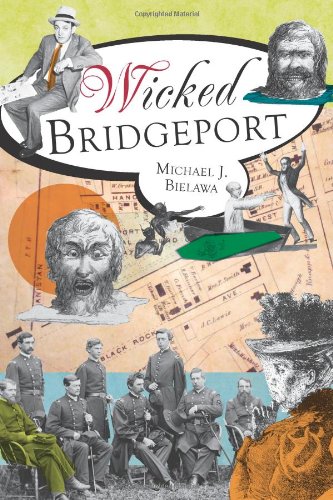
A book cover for Wicked Bridgeport; Michael J. Bielawa; Travel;